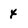
Character: 4